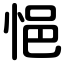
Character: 悒